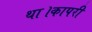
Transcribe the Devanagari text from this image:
था।कापरी